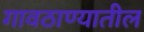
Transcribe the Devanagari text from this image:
गावठाण्यातील